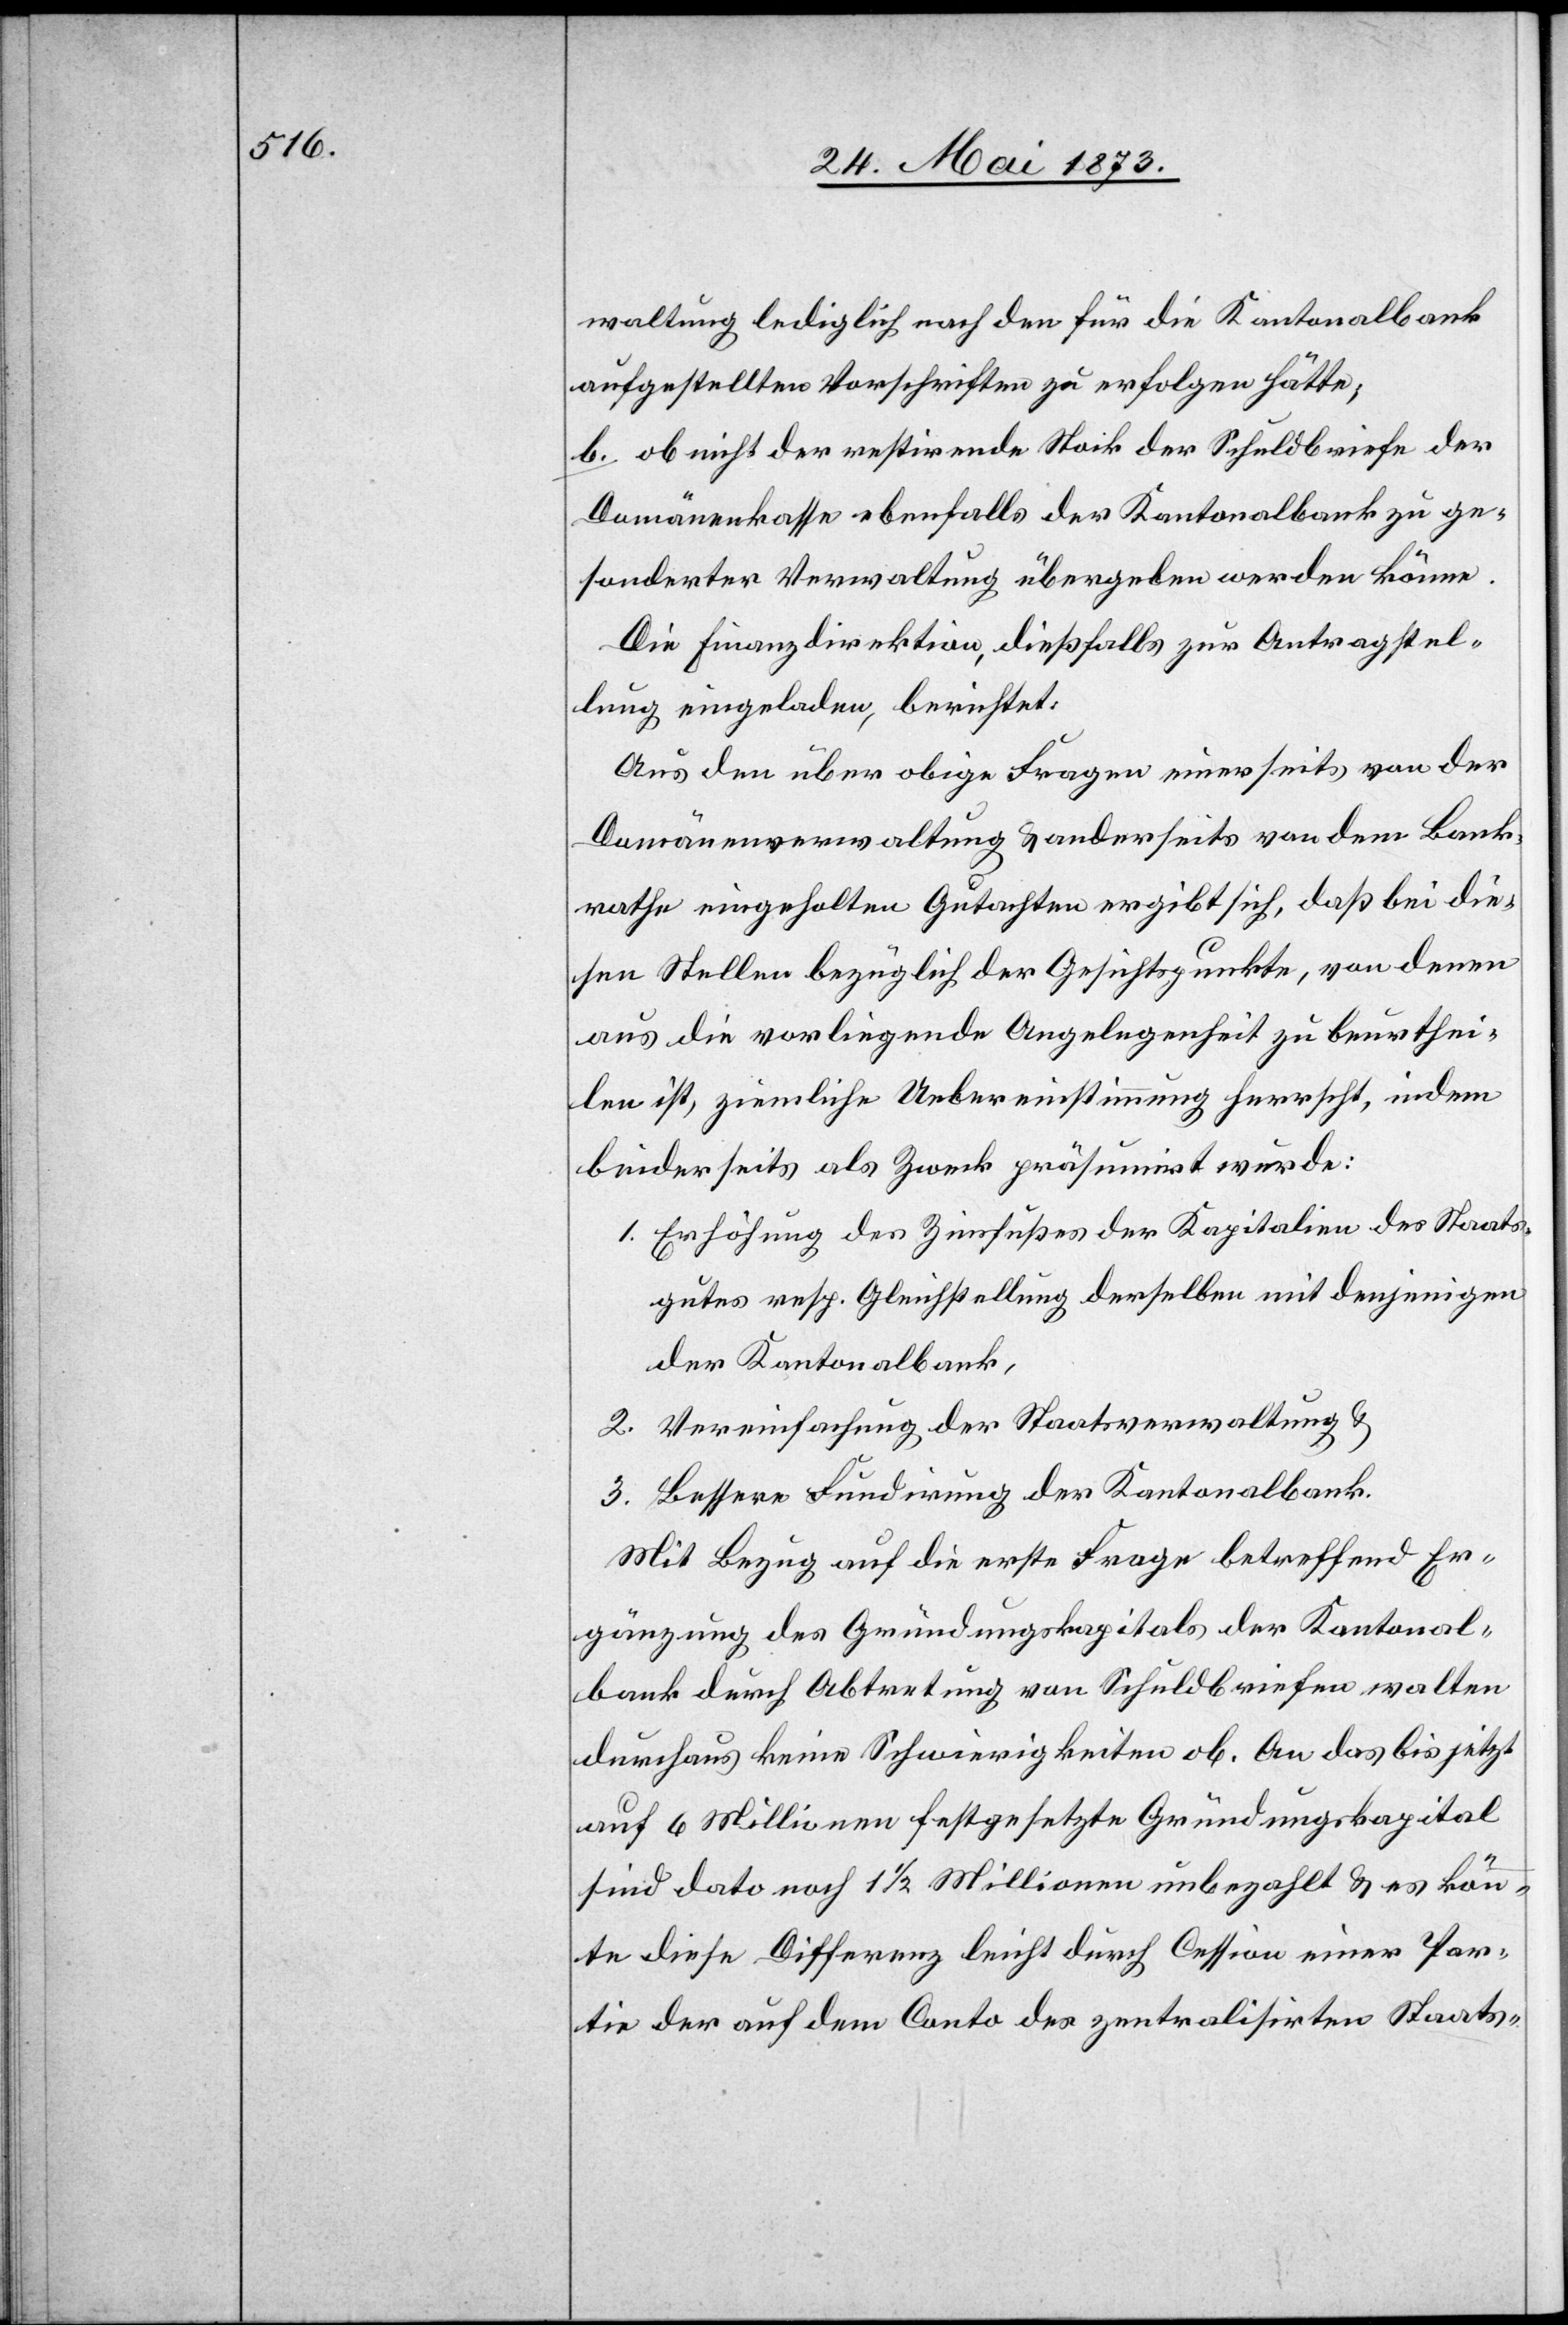
waltung lediglich nach den für die Kantonalbank
aufgestellten Vorschriften zu erfolgen hätte;
b. ob nicht der restirende Stock der Schuldbriefe der
Domänenkasse ebenfalls der Kantonalbank zu ge¬
sonderter Verwaltung übergeben werden könne.
Die Finanzdirektion, dießfalls zur Antragstel¬
lung eingeladen, berichtet:
Aus den über obige Fragen einerseits von der
Domänenverwaltung & anderseits von dem Bank¬
rathe eingeholten Gutachten ergibt sich, daß bei die¬
sen Stellen bezüglich der Gesichtspunkte, von denen
aus die vorliegende Angelegenheit zu beurthei¬
len ist, ziemliche Uebereinstimmung herrscht, indem
beiderseits als Zweck präsumirt wurde:
1. Erhöhung des Zinsfußes der Kapitalien des Staats¬
gutes resp. Gleichstellung derselben mit denjenigen
der Kantonalbank,
2. Vereinfachung der Staatsverwaltung &
3. Bessere Fundirung der Kantonalbank.
Mit Bezug auf die erste Frage betreffend Er¬
gänzung des Gründungskapitals der Kantonal¬
bank durch Abtretung von Schuldbriefen walten
durchaus keine Schwierigkeiten ob. An das bis jetzt
auf 6 Millionen festgesetzte Gründungskapital
sind dato noch 1 1/2 Millionen unbezahlt & es könn¬
te diese Differenz leicht durch Cession einer Par¬
tie der auf dem Conto des zentralisirten Staats-